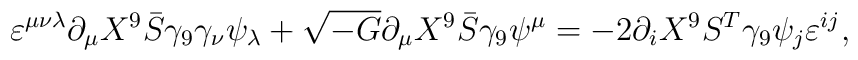
\varepsilon ^{\mu \nu \lambda }\partial _{\mu }X^{9}\bar{S}\gamma _{9}\gamma_{\nu }\psi _{\lambda }+\sqrt{-G}\partial _{\mu }X^{9}\bar{S}\gamma _{9}\psi^{\mu }=-2\partial _{i}X^{9}S^{T}\gamma _{9}\psi _{j}\varepsilon ^{ij},